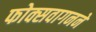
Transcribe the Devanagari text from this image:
फोक्सवागनने